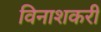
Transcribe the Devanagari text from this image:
विनाशकरी